Civil Veterinary Department Bihar & Orissa reports 1922-29 - 1922-1929
Year: 1922
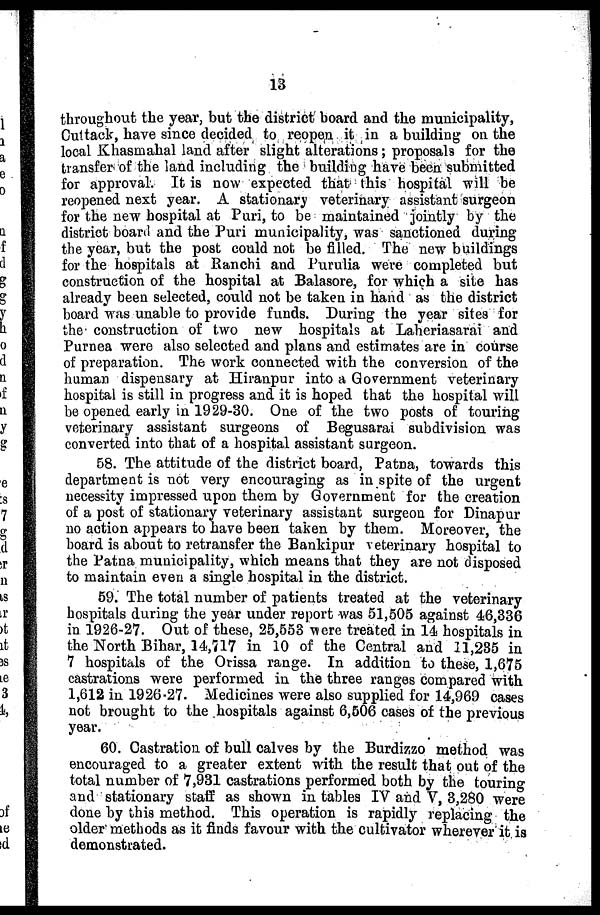
13
throughout the year, but the district board and the municipality,
Cuttack, have since decided to reopen it in a building on the
local Khasmahal land after slight alterations; proposals for the
transfer of the land including the building have been submitted
for approval. It is now expected that this hospital will be
reopened next year. A stationary veterinary assistant surgeon
for the new hospital at Puri, to be maintained jointly by the
district board and the Puri municipality, was sanctioned during
the year, but the post could not be filled. The new buildings
for the hospitals at Ranchi and Purulia were completed but
construction of the hospital at Balasore, for which a site has
already been selected, could not be taken in hand as the district
board was unable to provide funds. During the year sites for
the construction of two new hospitals at Laheriasarai and
Purnea were also selected and plans and estimates are in course
of preparation. The work connected with the conversion of the
human dispensary at Hiranpur into a Government veterinary
hospital is still in progress and it is hoped that the hospital will
be opened early in 1929-30. One of the two posts of touring
veterinary assistant surgeons of Begusarai subdivision was
converted into that of a hospital assistant surgeon.
58. The attitude of the district board, Patna, towards this
department is not very encouraging as in spite of the urgent
necessity impressed upon them by Government for the creation
of a post of stationary veterinary assistant surgeon for Dinapur
no action appears to have been taken by them. Moreover, the
board is about to retransfer the Bankipur veterinary hospital to
the Patna municipality, which means that they are not disposed
to maintain even a single hospital in the district.
59. The total number of patients treated at the veterinary
hospitals during the year under report was 51,505 against 46,336
in 1926-27. Out of these, 25,553 were treated in 14 hospitals in
the North Bihar, 14,717 in 10 of the Central and 11,235 in
7 hospitals of the Orissa range. In addition to these, 1,675
castrations were performed in the three ranges compared with
1,612 in 1926-27. Medicines were also supplied for 14,969 cases
not brought to the hospitals against 6,506 cases of the previous
year.
60. Castration of bull calves by the Burdizzo method was
encouraged to a greater extent with the result that out of the
total number of 7,931 castrations performed both by the touring
and stationary staff as shown in tables IV and V, 3,280 were
done by this method. This operation is rapidly replacing the
older methods as it finds favour with the cultivator wherever it is
demonstrated.